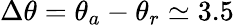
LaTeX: \Delta\theta=\theta_{a}-\theta_{r}\simeq 3.5